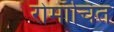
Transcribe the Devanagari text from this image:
रोमाँचित